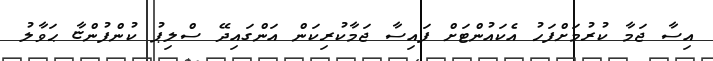
އިސާ ޖަމާ ކުރުމަށްފަހު އެކައުންޓަށް ފައިސާ ޖަމާކުރިކަން އަންގައިދޭ ސްލިޕު ކުންފުންޏާ ޙަވާލު